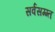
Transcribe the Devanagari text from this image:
सर्वसम्म्त